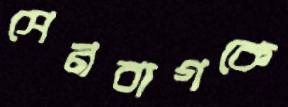
সেনবাগকে